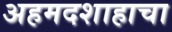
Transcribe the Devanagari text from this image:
अहमदशाहाचा